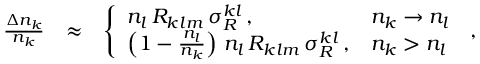
\begin{array} { r l r } { \frac { \Delta n _ { k } } { n _ { k } } } & { \approx } & { \left\{ \begin{array} { l l } { n _ { l } \, { \cal R } _ { k l m } \, \sigma _ { R } ^ { k l } \, , } & { n _ { k } \rightarrow n _ { l } } \\ { \left( 1 - \frac { n _ { l } } { n _ { k } } \right) \, n _ { l } \, { \cal R } _ { k l m } \, \sigma _ { R } ^ { k l } \, , } & { n _ { k } > n _ { l } } \end{array} \right. \, , } \end{array}